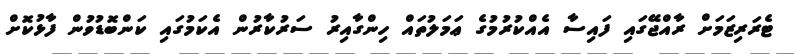
ޓެރަރިޒަމަށް ރާއްޖޭގައި ފައިސާ އެއްކުރުމުގެ ޢަމަލުތައް ހިންގާއިރު ސަރުކާރުން އެކަމުގައި ކަންބޮޑުވުން ފާޅުކޮށް